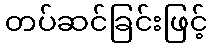
တပ်ဆင်ခြင်းဖြင့်